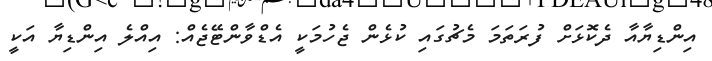
އިންޑިޔާއާ ދެކޮޅަށް ފުރަތަމަ މެޗުގައި ކުޅެން ޖެހުމަކީ އެޑްވާންޓޭޖެއް: އިއްލެ އިންޑިޔާ އަކީ